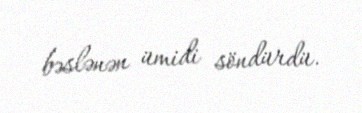
bəslənən ümidi söndürdü.